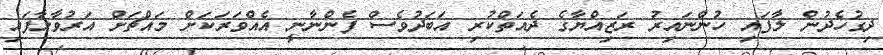
ދިގުހެދުން ލާފައި ހުންނައިރު ރަޒިއްޔާގެ ދެއަތްކުރި އަބަދުވެސް ފެންނާނީ އެއްވަރަކަށް މައްޗަށް އަރުވާލާފައި